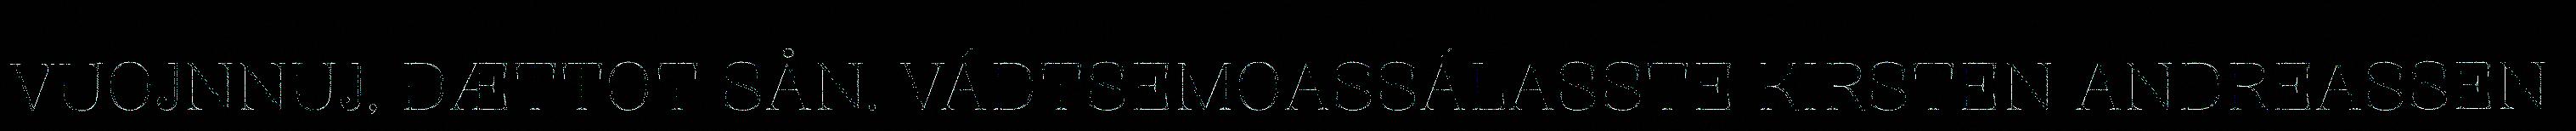
VUOJNNUJ, DÆTTOT SÅN. VÁDTSEMOASSÁLASSTE KIRSTEN ANDREASSEN